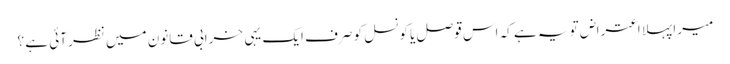
میرا پہلا اعتراض تو یہ ہے کہ اس قوصل یا کونسل کو صرف ایک یہی خرابی قانون میں نظر آئی ہے ؟